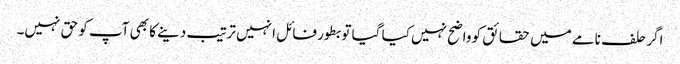
اگر حلف نامے میں حقائق کو واضح نہیں کیا گیا تو بطور فائل انہیں ترتیب دینے کا بھی آپ کو حق نہیں۔